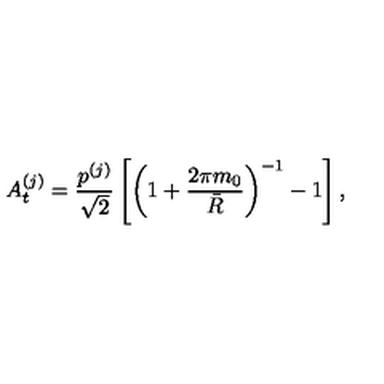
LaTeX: A _ { t } ^ { ( j ) } = { \frac { p ^ { ( j ) } } { \sqrt 2 } } \left[ \left( 1 + { \frac { 2 \pi m _ { 0 } } { \bar { R } } } \right) ^ { - 1 } - 1 \right] ,